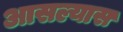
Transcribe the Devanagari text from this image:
आसल्यास